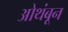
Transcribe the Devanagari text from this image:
ओथंबून